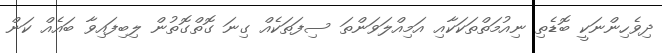
ދިވެހިންނަކީ ބޮޑެތި ނިއުމަތްތަކަކާއި އަމިއްލަވަންތަ ސިފަތަކެއް ގިނަ ގޮތްގޮތުން ލިބިފައިވާ ބައެއް ކަން